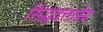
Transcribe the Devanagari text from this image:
सिद्धदत्तात्रेय